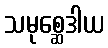
သမုစ္ဆေဒါယ